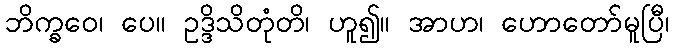
ဘိက္ခဝေ၊ ပေ။ ဥဒ္ဒိသိတုံတိ၊ ဟူ၍။ အာဟ၊ ဟောတော်မူပြီ၊